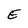
Character: E